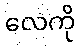
လေကို